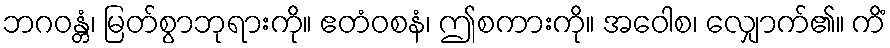
ဘဂဝန္တံ၊ မြတ်စွာဘုရားကို။ ဧတံဝစနံ၊ ဤစကားကို။ အဝေါစ၊ လျှောက်၏။ ကိံ